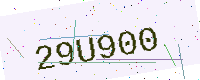
Text: 29U900